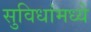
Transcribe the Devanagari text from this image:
सुविधांमध्ये